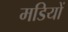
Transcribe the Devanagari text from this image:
मडियों